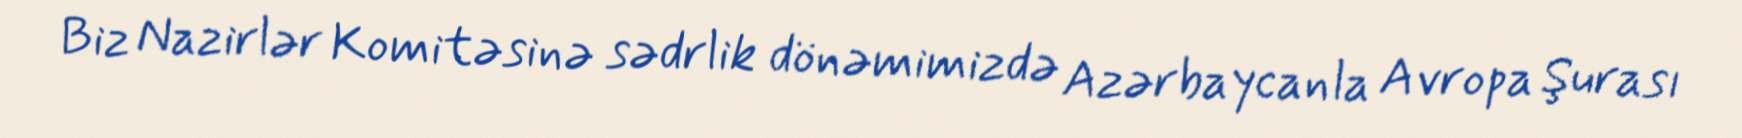
Biz Nazirlər Komitəsinə sədrlik dönəmimizdə Azərbaycanla Avropa Şurası